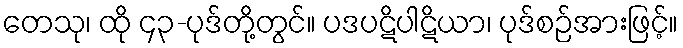
တေသု၊ ထို ၄၃-ပုဒ်တို့တွင်။ ပဒပဋိပါဋိယာ၊ ပုဒ်စဉ်အားဖြင့်။